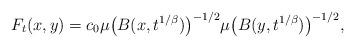
LaTeX: \begin{align*}F_{t}(x,y)=c_{0}\mu\bigl(B(x,t^{1/\beta})\bigr)^{-1/2}\mu\bigl(B(y,t^{1/\beta})\bigr)^{-1/2},\end{align*}